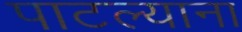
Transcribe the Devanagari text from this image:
पाटल्याना